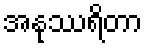
အနုဿရိတာ